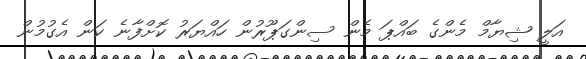
އަލީ ޝިޔާމް މެންގެ ބައްޕަ މެން ސިންގަޕޫރުން ހައްޔަރު ކޮށްފާނެ ކަން އެގުމުން